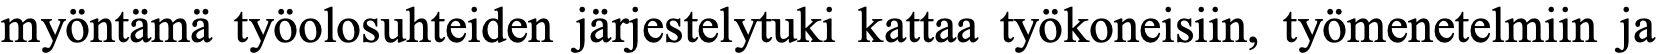
myöntämä työolosuhteiden järjestelytuki kattaa työkoneisiin, työmenetelmiin ja